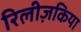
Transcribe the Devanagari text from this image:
रिलीज़किया